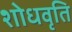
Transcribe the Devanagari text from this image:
शोधवृति